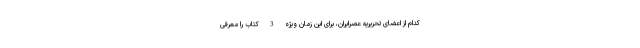
کدام از اعضای تحریریه عصرایران، برای این زمان ویژه 3 کتاب را معرفی